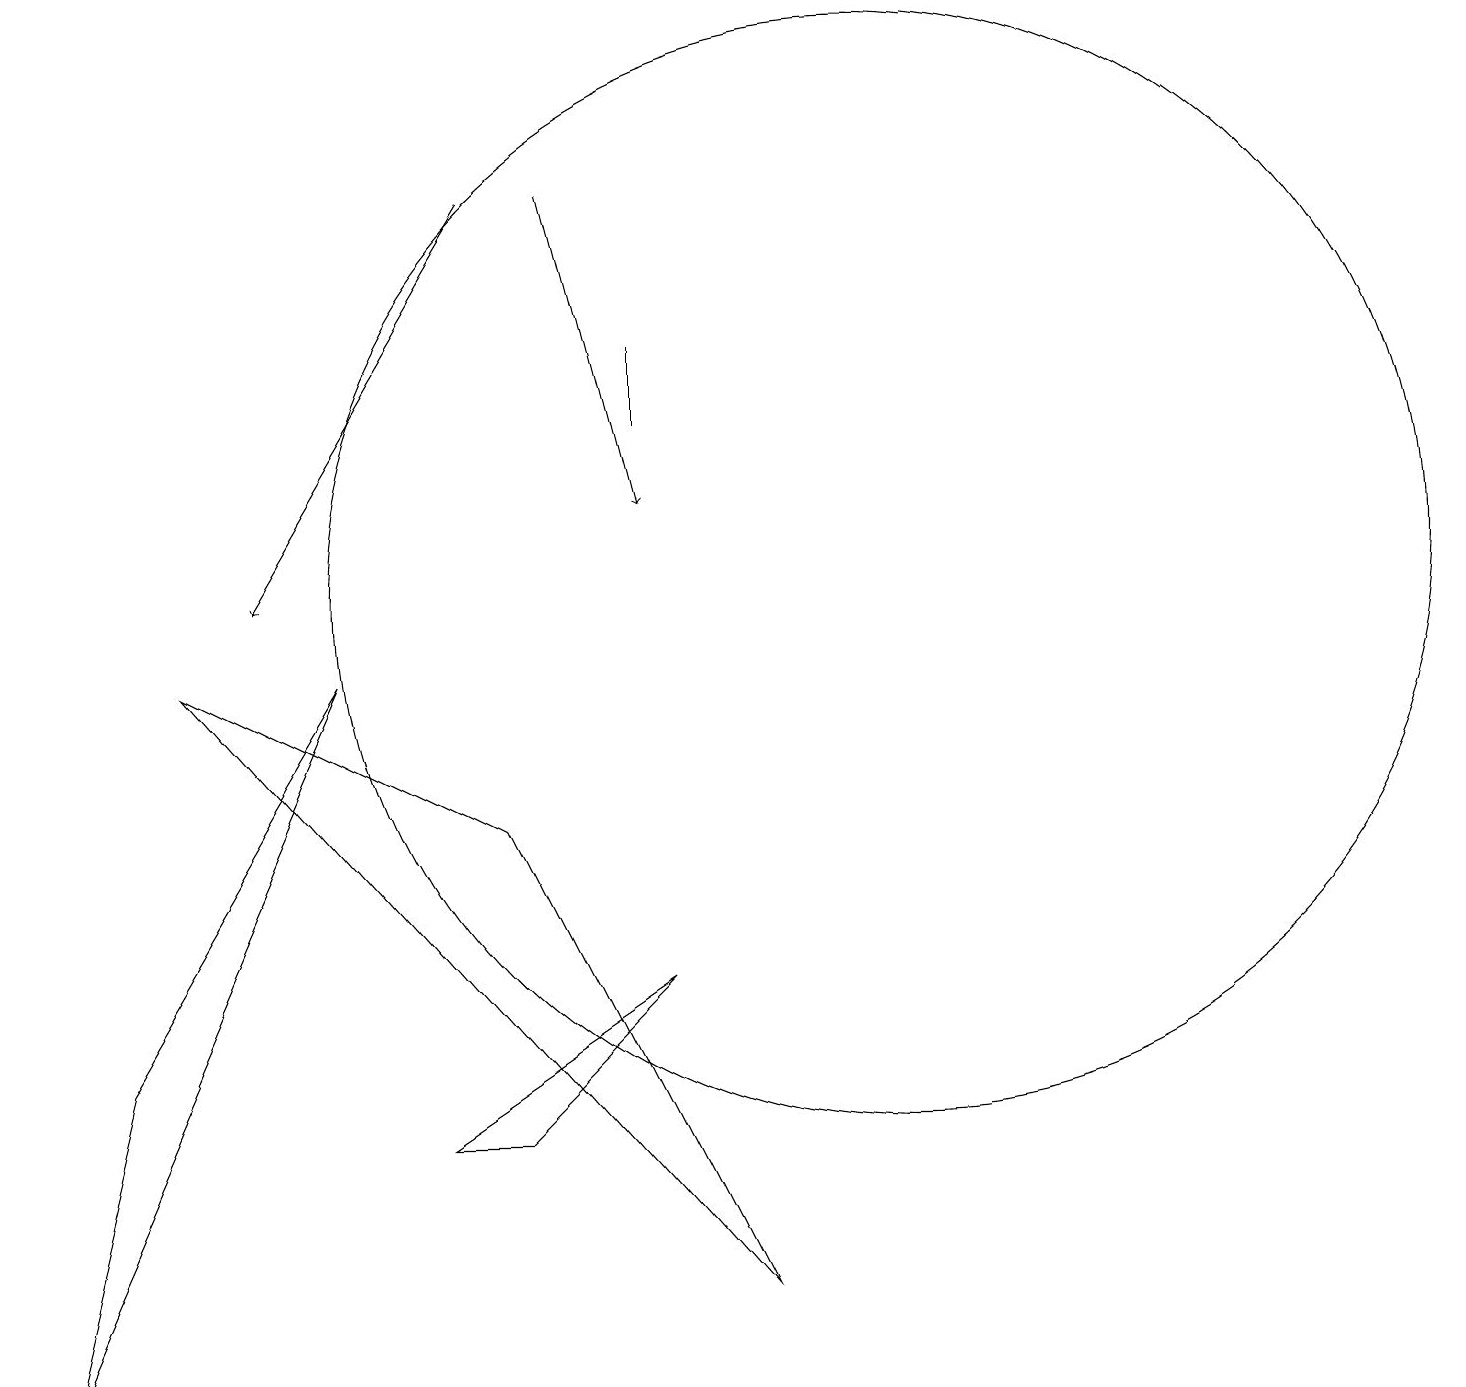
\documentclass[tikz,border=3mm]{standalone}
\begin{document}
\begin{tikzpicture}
\draw (4,9) -- (0,0) -- (1,4) -- cycle;
\draw (9,1) -- (6,7) -- (2,9) -- cycle;
\draw[->] (6,15) -- (3,10);
\draw[->] (7,15) -- (8,11);
\draw (8,12) rectangle (8,13);
\draw (8,5) -- (5,3) -- (6,3) -- cycle;
\draw (11,10) circle (7);
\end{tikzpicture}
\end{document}